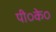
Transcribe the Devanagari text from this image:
पी०के०